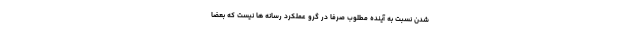
شدن نسبت به آینده مطلوب صرفاً در گرو عملکرد رسانه ها نیست که بعضاً